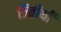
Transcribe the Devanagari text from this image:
त्रितीर्थी